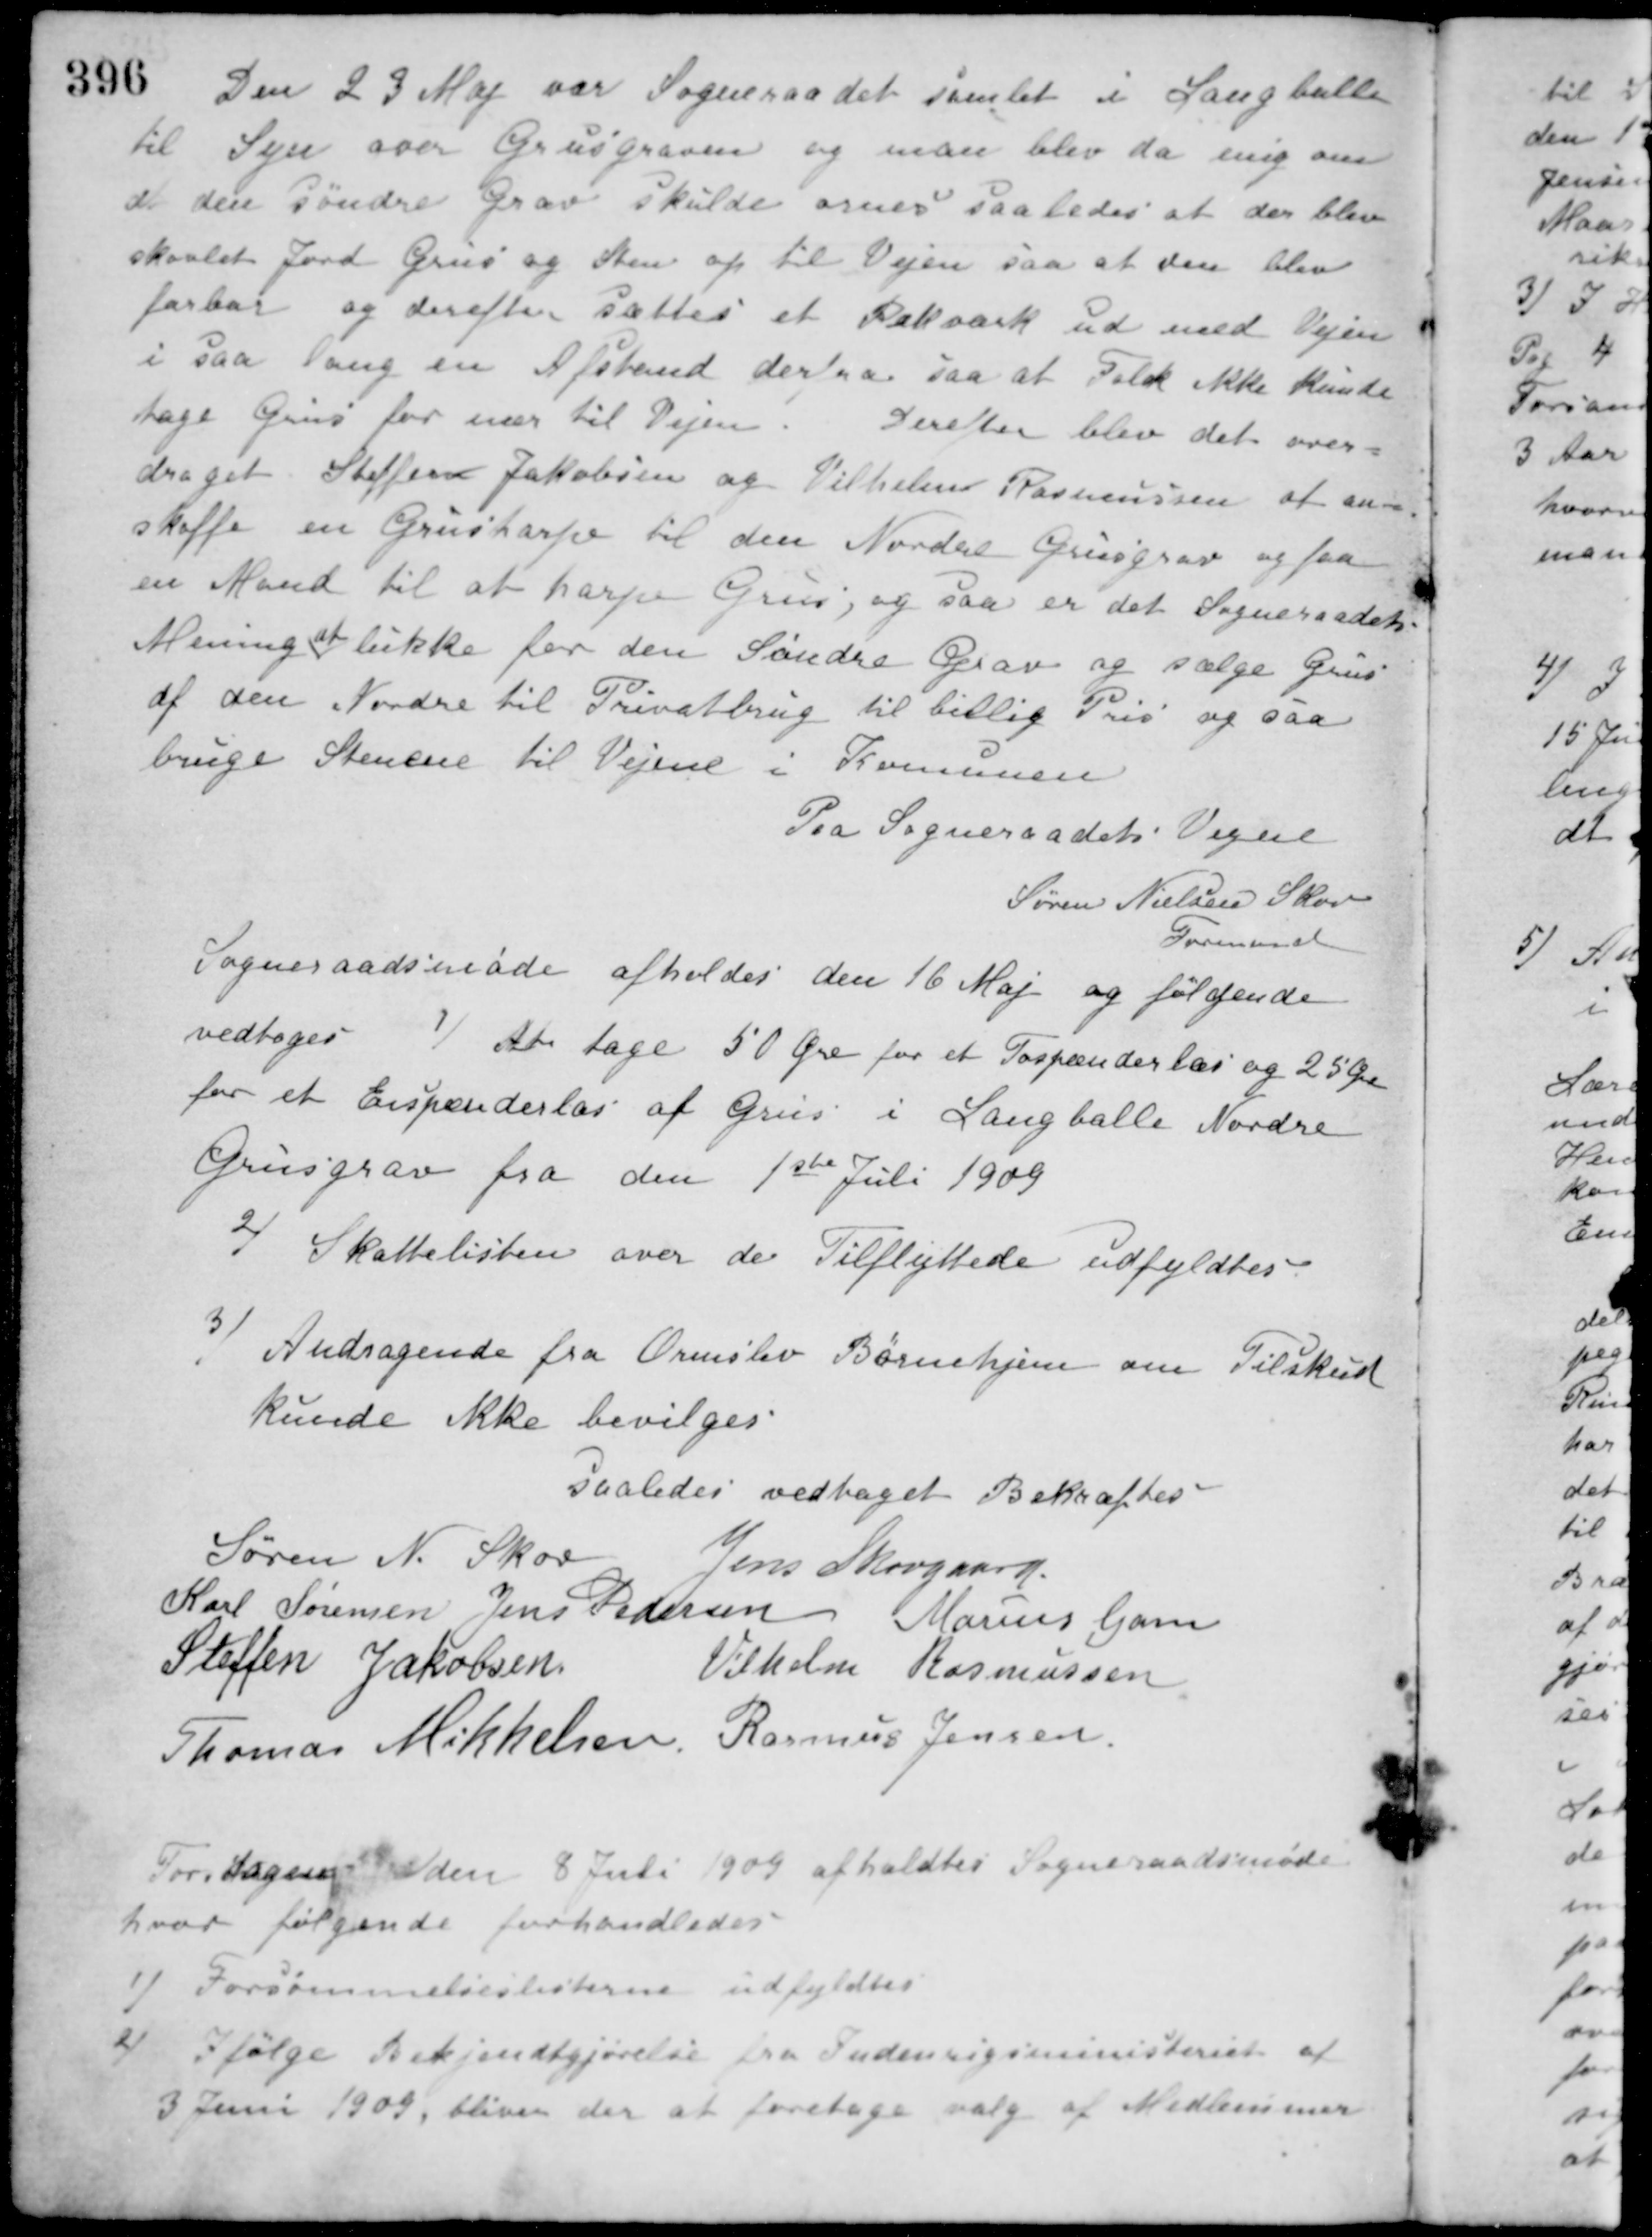
Transskription:
Den 23 Maj var Sogneraadet samlet i Langballe
til Syn over Grusgraven og man blev da enig om
at den Søndre Grav skulde ornes saaledes at der blev
skovlet Jord Grus og Sten op til Vejen saa at den blev
farbar og derefter sættes et Rækværk ud mod Vejen
i saa lang en Afstand derfra saa at Folk ikke kunde
tage Grus for nær til Vejen. Derefter blev det over-
draget Steffen Jakobsen og Vilhelm Rasmussen af an-
skaffe en Grusharpe til den Nordre Grusgrav og faa
en Mand til at harpe Grus, og saa er det Sogneraadets
Mening
at
lukke for den Søndre Grav og sælge Grus
af den Nordre til Privatbrug til billig Pris og saa
bruge Stenene til Vejene i Komunen
Paa Sogneraadets Vegne
Søren Nielsen Skov
Formand
Sogneraadsmøde afholdes den 16 Maj og følgende
vedtoges
1) At tage 50 Øre for et Tospænderlæs og 25 Øre
for et Enspænderlæs af Grus i Langballe Nordre
Grusgrav fra den 1ste Juli 1909
2) Skattelisten over de Tilflyttede udfyldtes
3) Andragende fra Ormslev Børnehjem om Tilskud
kunde ikke bevilges
saaledes vedtaget Bekræftes
Søren N. Skov
Jens Skovgaard
Karl Sørensen Jens Pedersen Marius Gam
Steffen Jakobsen
Vilhelm Rasmussen
Thomas Mikkelsen Rasmus Jensen
Torsdagen den 8 Juli 1909 afholdtes Sogneraadsmøde
hvor følgende forhandledes
1) Forsømmelseslisterne udfyldtes
2 Ifølge Bekjendtgjørelse fra Indenrigsministeriet af
3 Juni 1909, bliver der at foretage valg af Medlemmer